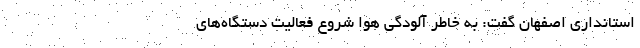
استانداری اصفهان گفت: به خاطر آلودگی هوا شروع فعالیت‌ دستگاه‌های